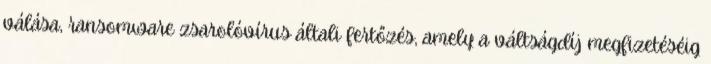
válása, ransomware zsarolóvírus általi fertőzés, amely a váltságdíj megfizetéséig